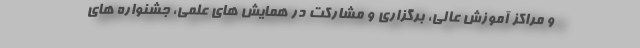
و مراکز آموزش عالی، برگزاری و مشارکت در همایش های علمی، جشنواره های